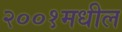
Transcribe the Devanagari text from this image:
२००१मधील